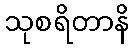
သုစရိတာနိ